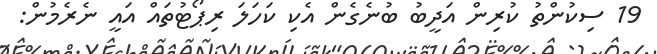
19 ސިކުންތު ކުރިން އަދީބު ބުނެގެން އެކި ކަހަލަ ރިޕޯޓުތައް އައީ ނެރެމުން: